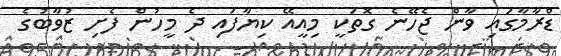
ޑްރާމާގައި ވާން ޖެހޭނެ ގޮތަކީ މިއީއޭ ކިޔާފައި ދެ މީހުން ފެށި ޒުވާބުގެ